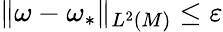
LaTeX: \| \omega-\omega_{*}\| _{L^{2}(M)}\leq\varepsilon